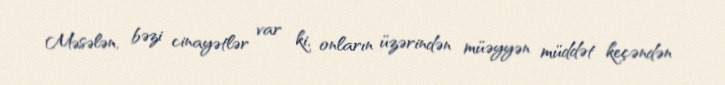
Məsələn, bəzi cinayətlər var ki, onların üzərindən müəyyən müddət keçəndən